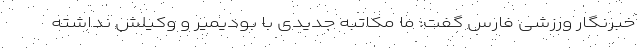
خبرنگار ورزشی فارس گفت: ما مکاتبه جدیدی با بودیمیر و وکیلش نداشته